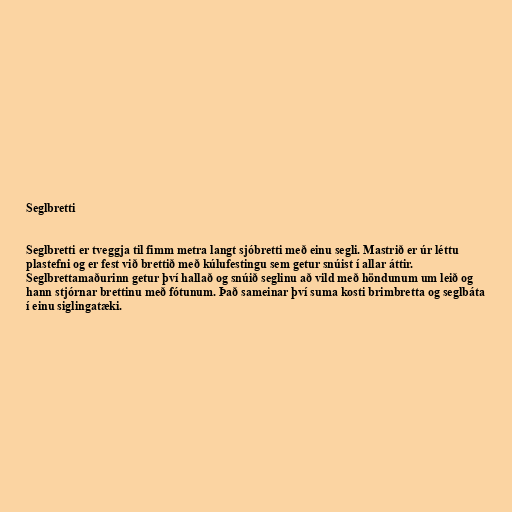
Seglbretti

Seglbretti er tveggja til fimm metra langt sjóbretti með einu segli. Mastrið er úr léttu
plastefni og er fest við brettið með kúlufestingu sem getur snúist í allar áttir.
Seglbrettamaðurinn getur því hallað og snúið seglinu að vild með höndunum um leið og
hann stjórnar brettinu með fótunum. Það sameinar því suma kosti brimbretta og seglbáta
í einu siglingatæki.